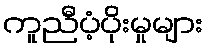
ကူညီပံ့ပိုးမှုများ